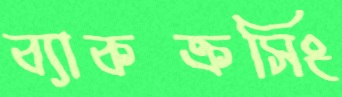
ব্যাকক্রসিং